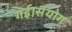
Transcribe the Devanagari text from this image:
गई।संयोग